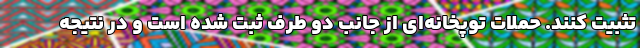
تثبیت کنند. حملات توپخانه‌ای از جانب دو طرف ثبت شده است و در نتیجه